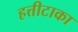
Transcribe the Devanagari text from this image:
हत्तीटाका